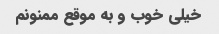
خیلی خوب و به موقع ممنونم